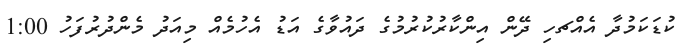
ކުޑަކަމުދާ އެއްޗހި ދޭން އިންކާރުކުރުމުގެ ދައުވާގެ އަޑު އެހުމެއް މިއަދު މެންދުރުފަހު 1:00